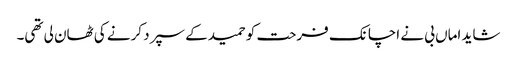
شاید اماں بی نے اچانک فرحت کو حمید کے سپرد کرنے کی ٹھان لی تھی۔